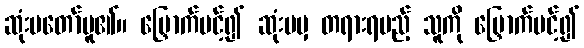
ဆုံးမတော်မူ၏။ မြှောက်ပင့်၍ ဆုံးမမှ တရားရမည့် သူကို မြှောက်ပင့်၍